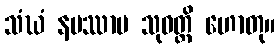
သံဃံ နမဿာမ သုဝတ္ထိ ဟောတု။